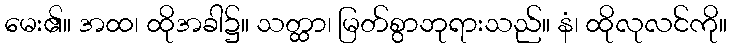
မေး၏။ အထ၊ ထိုအခါ၌။ သတ္ထာ၊ မြတ်စွာဘုရားသည်။ နံ၊ ထိုလုလင်ကို။